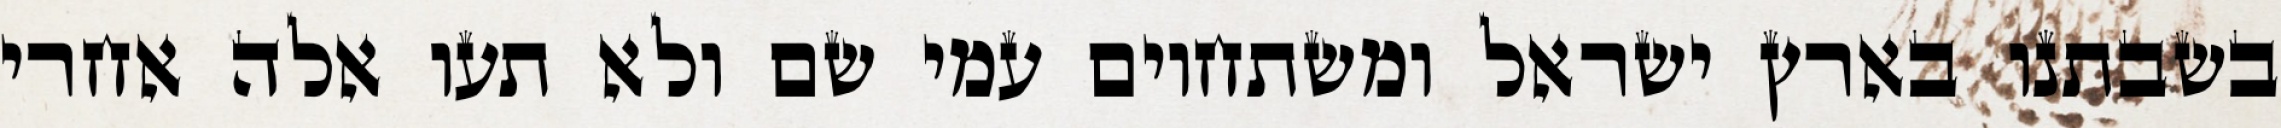
בשבתנו בארץ ישראל ומשתחוים עמי שם ולא תעו אלה אחרי